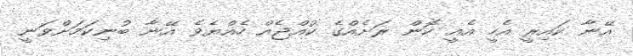
އޭނާ ކައިރީ އެހީ އެއީ ކޮން ރަށެއްގެ ކުއްޖެއް ހެއްޔެވެ އޭނާ ބުނިކަމަށްވަނީ